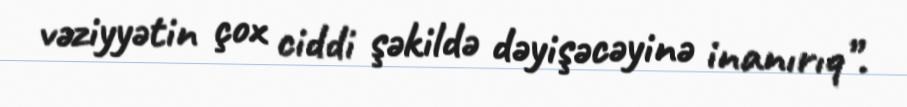
vəziyyətin çox ciddi şəkildə dəyişəcəyinə inanırıq”.